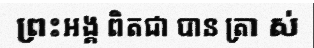
ព្រះអង្គ ពិតជា បាន ត្រា ស់